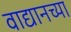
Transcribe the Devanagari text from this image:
वाद्यानच्या